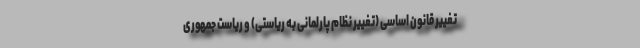
تغییر قانون اساسی (تغییر نظام پارلمانی به ریاستی) و ریاست جمهوری